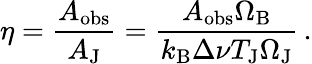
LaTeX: \eta=\frac{A_{\mathrm{obs}}}{A_{\mathrm{J}}}=\frac{A_{\mathrm{obs}}\Omega_{\mathrm{B}}}{k_{\mathrm{B}}\Delta\nu T_{\mathrm{J}}\Omega_{\mathrm{J}}}\, .